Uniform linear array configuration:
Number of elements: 4
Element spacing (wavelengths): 1
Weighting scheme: binomial
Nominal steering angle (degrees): -45
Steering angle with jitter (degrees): -46.852
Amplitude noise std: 0.05
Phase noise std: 0.05

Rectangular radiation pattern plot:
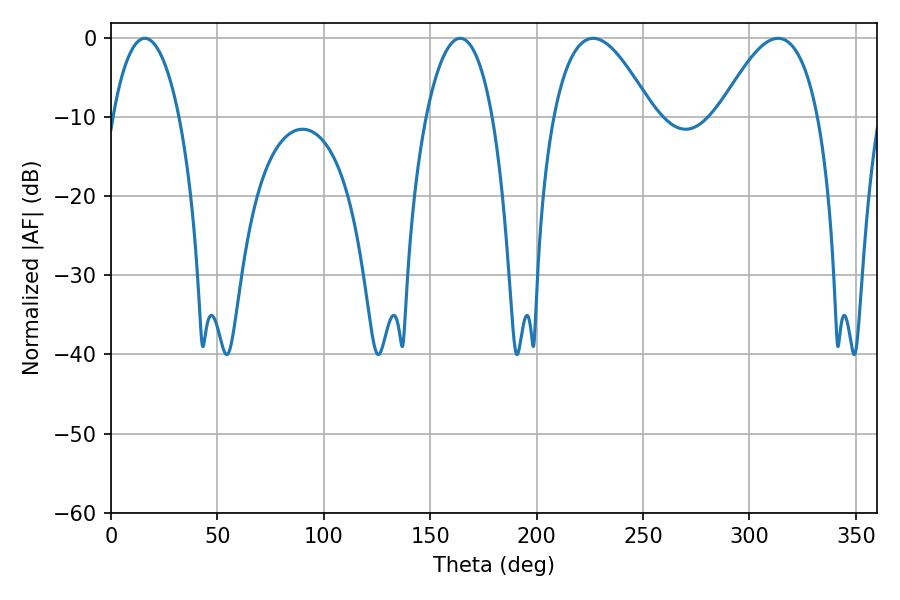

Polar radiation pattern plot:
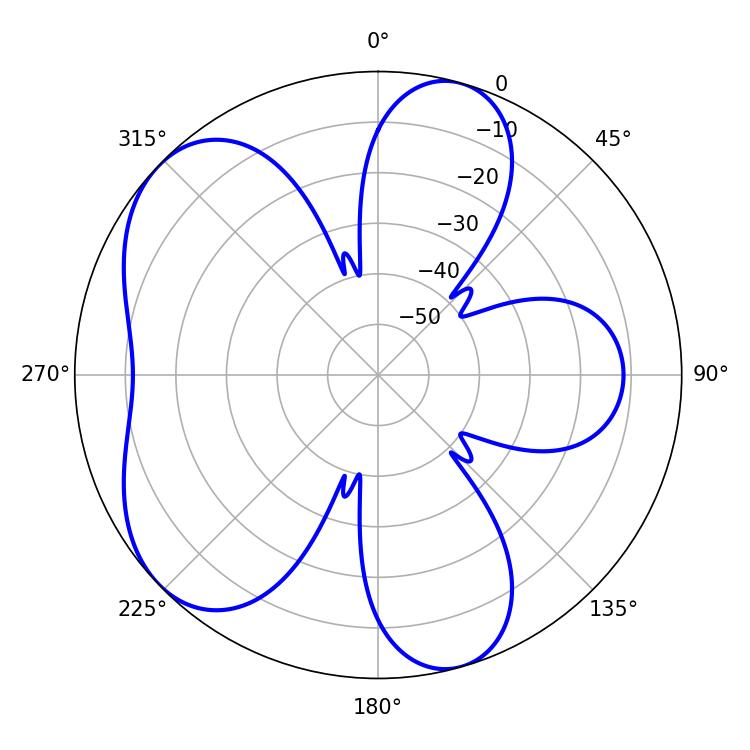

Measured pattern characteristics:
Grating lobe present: TRUE
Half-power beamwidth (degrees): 25.38
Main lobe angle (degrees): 226.62